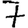
Digit: 7